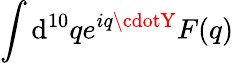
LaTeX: \int\mathrm{d}^{10}qe^{iq\cdotY}F(q)